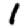
Digit: 1